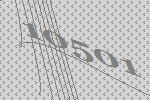
10501